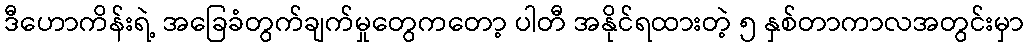
ဒီဟောကိန်းရဲ့ အခြေခံတွက်ချက်မှုတွေကတော့ ပါတီ အနိုင်ရထားတဲ့ ၅ နှစ်တာကာလအတွင်းမှာ